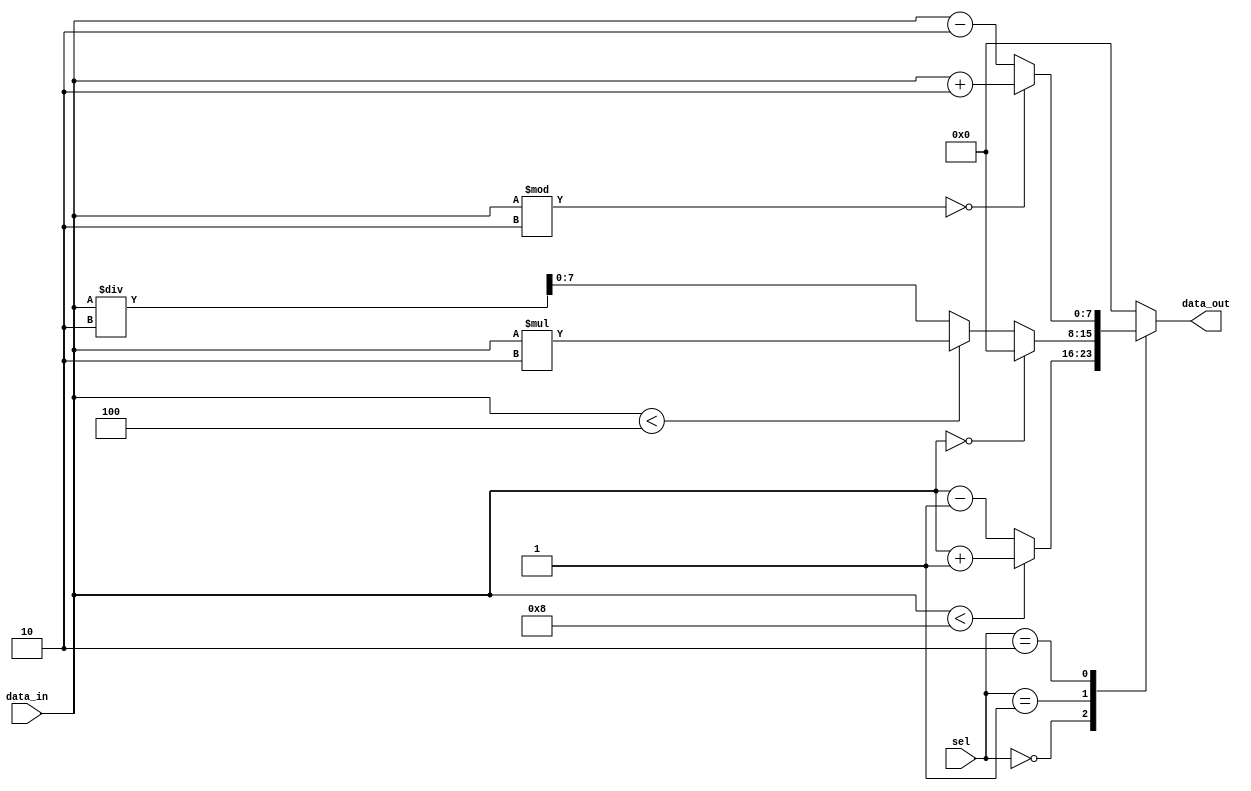
module case_behavioral_model (
    input [2:0] sel,
    input [7:0] data_in,
    output reg [7:0] data_out
);

always @* begin
    case(sel)
        3'b000: begin
            if (data_in < 8)
                data_out = data_in + 1;
            else
                data_out = data_in - 1;
        end
        3'b001: begin
            if (data_in == 0)
                data_out = 0;
            else if (data_in < 4)
                data_out = data_in * 2;
            else
                data_out = data_in / 2;
        end
        3'b010: begin
            if (data_in % 2 == 0)
                data_out = data_in + 2;
            else
                data_out = data_in - 2;
        end
        default: data_out = 0;
    endcase
end

endmodule